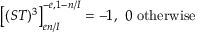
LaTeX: \left[ ( S T ) ^ { 3 } \right] _ { e n / I } ^ { - e , 1 - n / I } = - 1 , \ 0 \mathrm { ~ o t h e r w i s e }